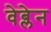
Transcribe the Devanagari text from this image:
वेब्लेन